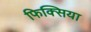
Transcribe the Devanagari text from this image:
फिक्सिया